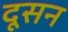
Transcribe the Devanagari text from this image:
दूसन